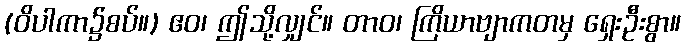
(ဝိပါကာ၌စပ်။) ဧဝ၊ ဤသို့လျှင်။ တာဝ၊ ကြိယာဗျာကတမှ ရှေးဦးစွာ။